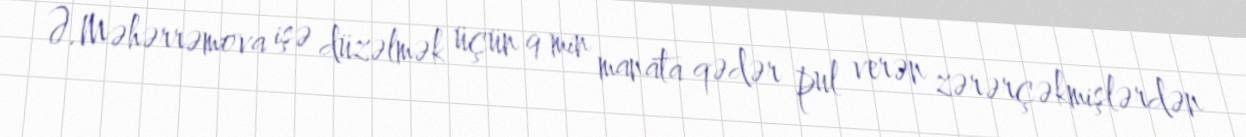
Ə.Məhərrəmova işə düzəlmək üçün 9 min manata qədər pul verən zərərçəkmişlərdən